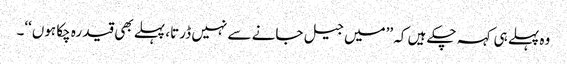
وہ پہلے ہی کہہ چکے ہیں کہ ’’میں جیل جانے سے نہیں ڈرتا، پہلے بھی قید رہ چکا ہوں‘‘۔